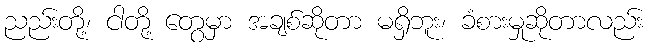
ညည်းတို့၊ ငါတို့ တွေမှာ အချစ်ဆိုတာ မရှိဘူး၊ ခံစားမှုဆိုတာလည်း